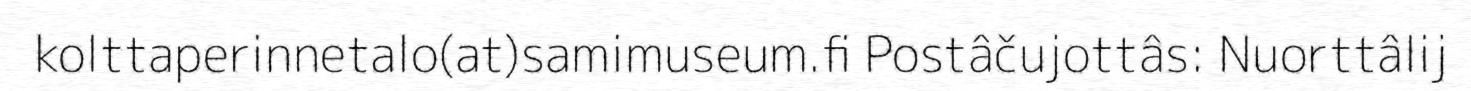
kolttaperinnetalo(at)samimuseum.fi Postâčujottâs: Nuorttâlij